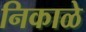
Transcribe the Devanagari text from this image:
निकाळे